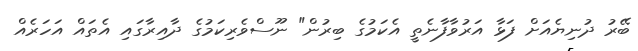
ބޭރު ދުނިޔެއަށް ފަޅާ އަރުވާފާނެތީ އެކަމުގެ ބިރުން" ނޫސްވެރިކަމުގެ ދާއިރާގައި އެތައް އަހަރެއް